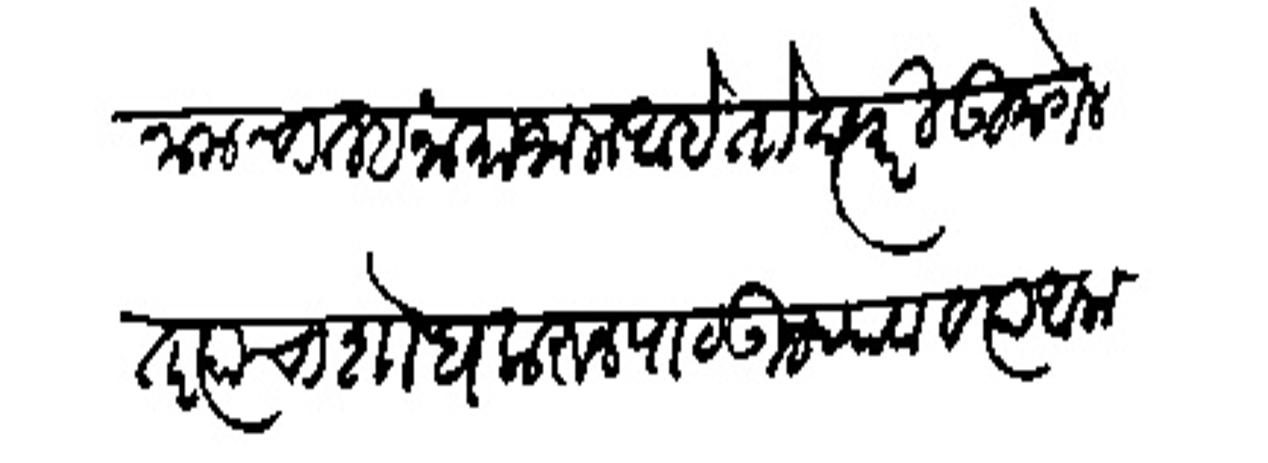
Transliteration (Devanagari): नानाचा तहनामा जाला आहे तो दप्तरी उमगेल तर त्याचा शोध करुन पाठऊन द्यावा व त्या आला